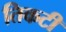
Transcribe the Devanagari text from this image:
तिकटी